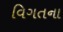
વિગતના